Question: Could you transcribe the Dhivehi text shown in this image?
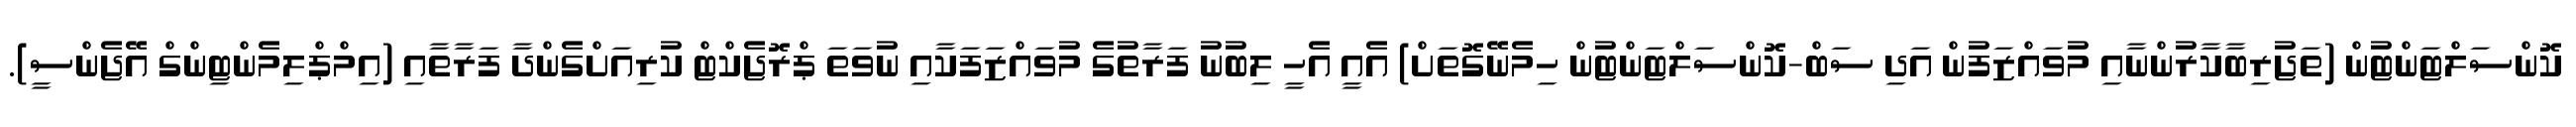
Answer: ކޮންސަލްޓަންޓުން (ތަޖުރިބާކާރުންނާއި މުވައްޒަފުން އަދި ސަބް-ކޮންސަލްޓަންޓުން ހިމެނޭގޮތަށް) އެއީ އެހީ ލިބުނު ފަރާތުގެ މުވައްޒަފަކާއި ނުވަތަ ޕްރޮޖެކްޓް ކުރިއަށްގެންދާ ފަރާތާއި (އިމްޕްލިމެންޓިންގް އޭޖެންސީ).